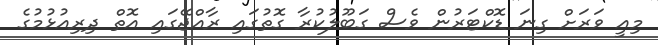
މިއީ ވަރަށް ގިނަ ޑޮކްޓަރުން ވެސް ގަބޫލުކުރާ ގޮތުގައި ރާއްޖޭގައި އޮތް ދިރިއުޅުމުގެ